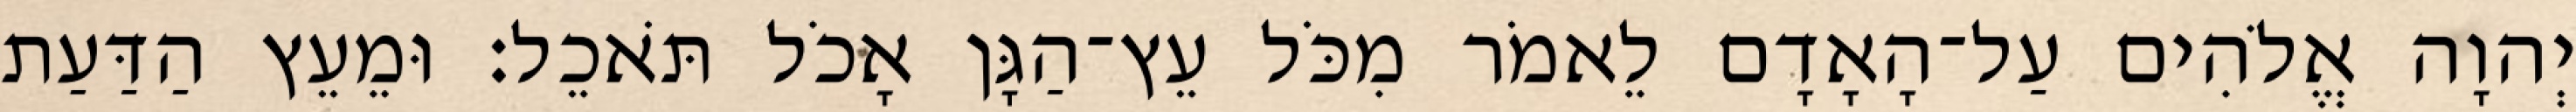
יְהוָה אֱלֹהִים עַל־הָאָדָם לֵאמֹר מִכֹּל עֵץ־הַגָּן אָכֹל תֹּאכֵל׃ וּמֵעֵץ הַדַּעַת